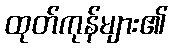
ထုတ်ကုန်များ၏